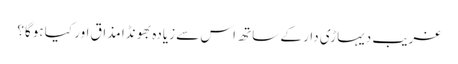
غریب دیہاڑی دار کے ساتھ اس سے زیادہ بھونڈا مذاق اور کیا ہوگا؟